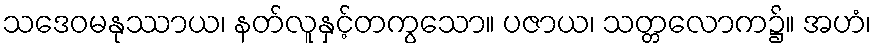
သဒေဝမနုဿာယ၊ နတ်လူနှင့်တကွသော။ ပဇာယ၊ သတ္တလောက၌။ အဟံ၊